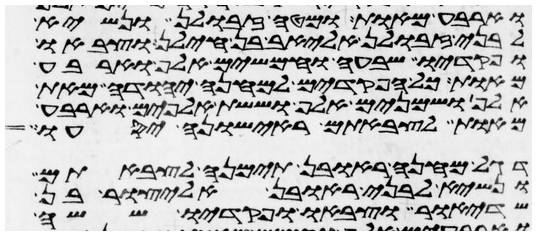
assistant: וארבע מאות ומטה זבולן ונשיא
לבני זבולן אליאב בן חילן וצבאו
ופקדיו שבעה וחמשים אלף וארבע
מאות כל הפקדים למחנה יהודה מאת
אלף ושמנים אלף וששת אלפים וארבע
מאות לצבאתם ראישונה יסעו דגל
דגל מחנה ראובן תימנה לצבאתם
ונשיא לבני ראובן אליצור בן
שדיאור וצבאו ופקדיו ששה